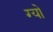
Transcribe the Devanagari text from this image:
ग्यो